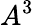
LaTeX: A^{3}